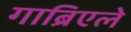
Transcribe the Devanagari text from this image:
गाब्रिएले